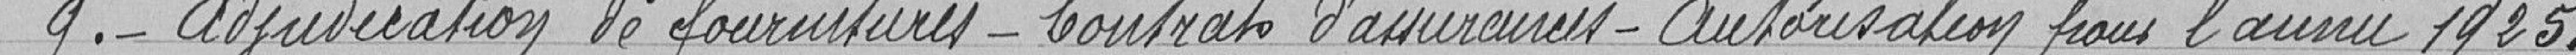
9.- Adjudication de fournitures - Contrats d'assurances - Autorisation pour l'année 1925.